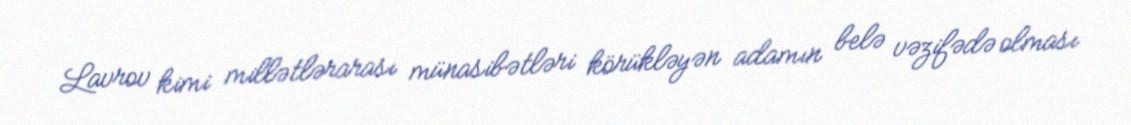
Lavrov kimi millətlərarası münasibətləri körükləyən adamın belə vəzifədə olması